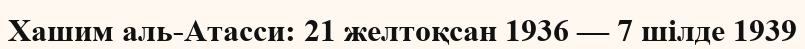
Хашим аль-Атасси: 21 желтоқсан 1936 — 7 шілде 1939